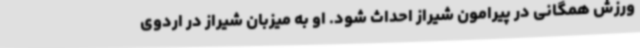
ورزش همگانی در پیرامون شیراز احداث شود. او به میزبان شیراز در اردوی